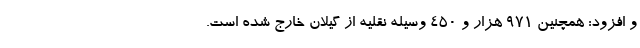
و افزود: همچنین ۹۷۱ هزار و ۴۵۰ وسیله نقلیه از گیلان خارج شده است.